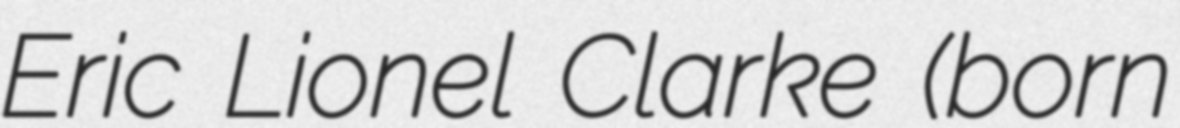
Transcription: Eric Lionel Clarke (born